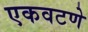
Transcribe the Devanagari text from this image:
एकवटणे